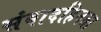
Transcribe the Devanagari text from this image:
संवादहिनता